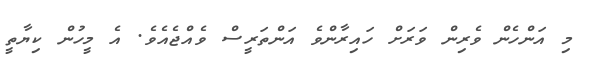
މި އަންހެން ވެރިން ވަރަށް ހައިރާންވެ އަންތަރީސް ވެއްޖެއެވެ. އެ މީހުން ކިޔާތީ